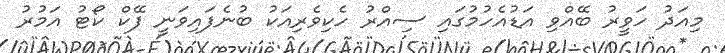
މިއަދު ހަވީރު ބޭއްވި އަޑުއެހުމުގައި ސިއްރު ހެކިވެރިއަކު ބުނެފައިވަނީ ފޭކް ކޯޓު އަމުރު